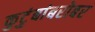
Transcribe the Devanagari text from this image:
कुटुंबांबरोबर